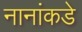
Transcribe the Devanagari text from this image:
नानांकडे